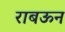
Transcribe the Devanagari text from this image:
राबऊन